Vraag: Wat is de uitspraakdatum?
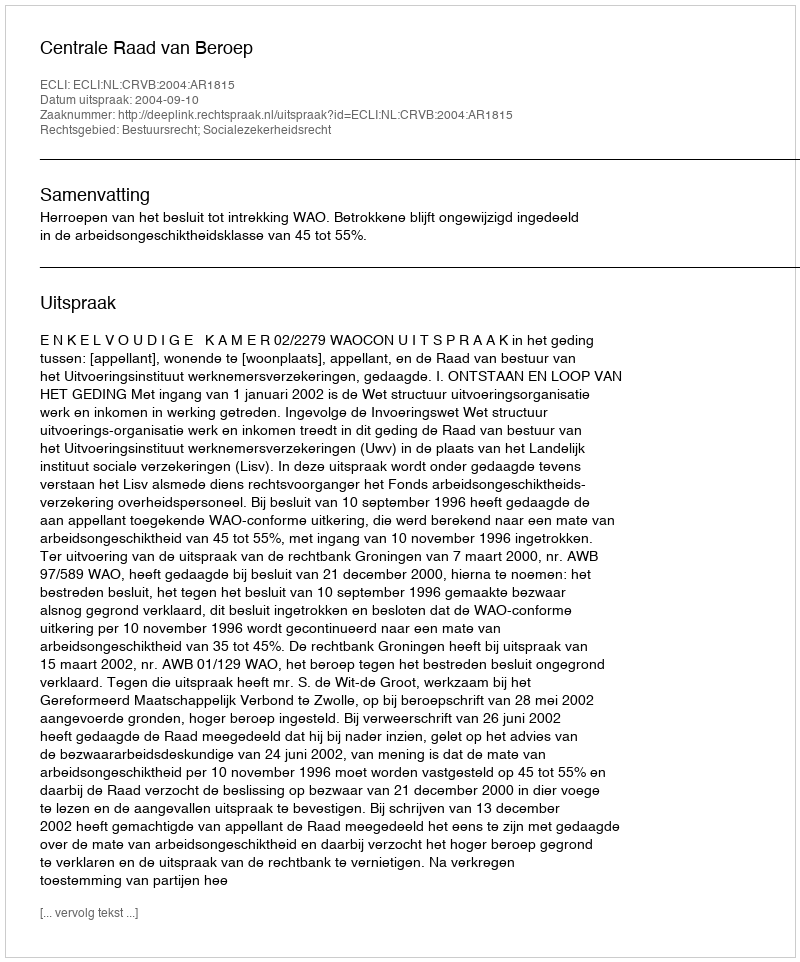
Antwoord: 2004-09-10